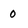
Character: 0